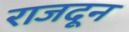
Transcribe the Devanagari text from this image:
राजदून